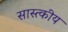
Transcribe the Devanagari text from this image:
सास्त्कीय